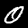
Label: 0